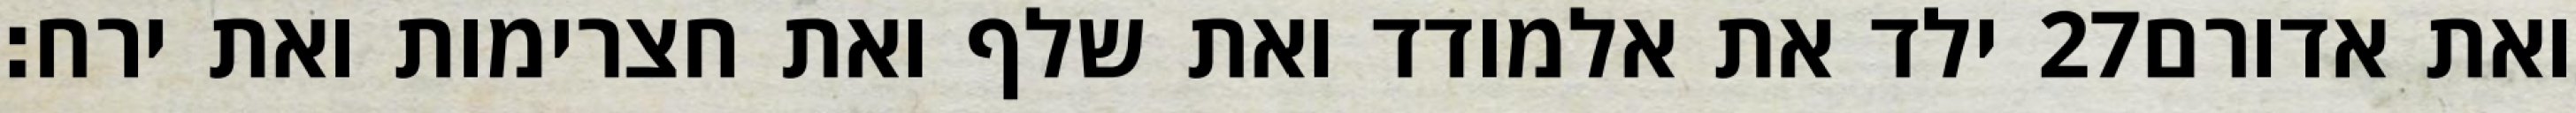
ילד את אלמודד ואת שלף ואת חצרימות ואת ירח׃ ‎27‏ ואת אדורם